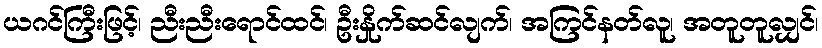
ယဂင်ကြီးဖြင့်၊ ညီးညီးရောင်ထင်၊ ဦးနှိုက်ဆင်လျက်၊ အကြင်နတ်လူ၊ အတူတူလျှင်၊